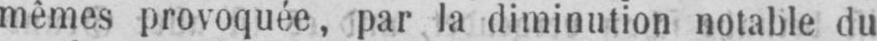
mêmes provoquée, par la diminution notable du